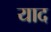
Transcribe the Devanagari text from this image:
याद